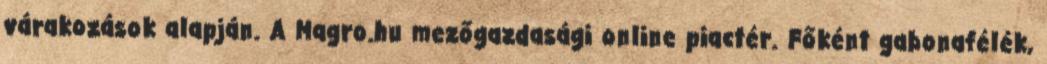
várakozások alapján. A Magro.hu mezőgazdasági online piactér. Főként gabonafélék,